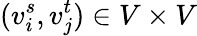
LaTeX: (v_{i}^{s},v_{j}^{t})\in V\times V